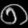
Digit: ၈